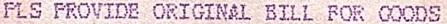
PLS PROVIDE ORIGINAL BILL FOR GOODS